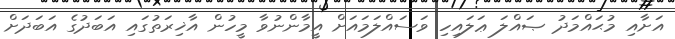
އަށާއި މުޙައްމަދު ޞައްލަ ޢަލައިހި ވަސައްލަމައަށް އީމާންނުވާ މީހުން އާޚިރަތުގައި އަބަދުގެ އަބަދަށް